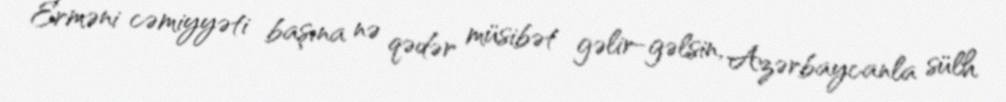
Erməni cəmiyyəti başına nə qədər müsibət gəlir-gəlsin, Azərbaycanla sülh